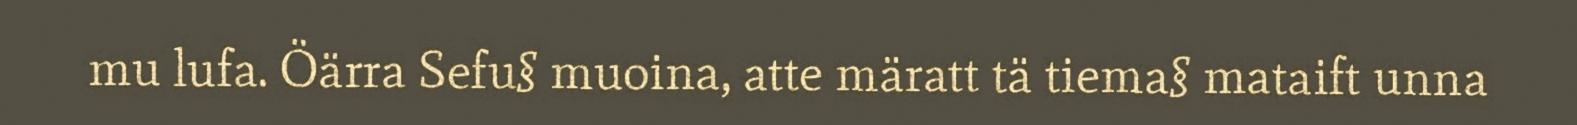
mu lufa. Öärra Sefu§ muoina, atte märatt tä tiema§ mataift unna